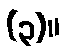
(၃)။